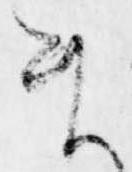
ま